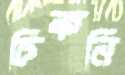
চিকনি